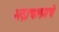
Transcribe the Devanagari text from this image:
भद्राचलमचे